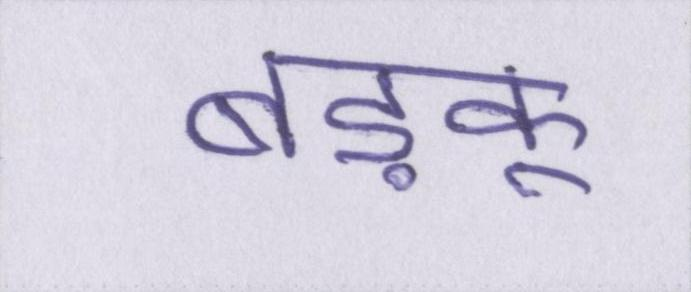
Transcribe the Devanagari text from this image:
बड़कू